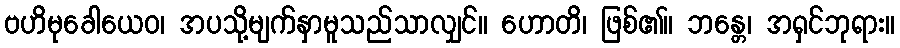
ဗဟိမုခေါယေဝ၊ အပသို့မျက်နှာမူသည်သာလျှင်။ ဟောတိ၊ ဖြစ်၏။ ဘန္တေ၊ အရှင်ဘုရား။